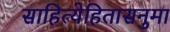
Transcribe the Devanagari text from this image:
साहित्येहितासनुमा